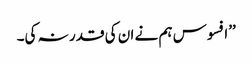
’’افسوس ہم نے ان کی قدر نہ کی۔